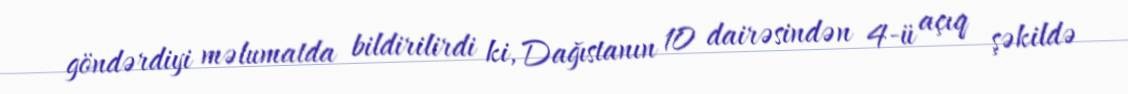
göndərdiyi məlumatda bildirilirdi ki, Dağıstanın 10 dairəsindən 4-ü açıq şəkildə